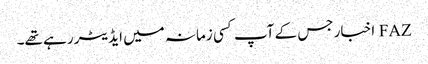
FAZ اخبار جس کے آپ کسی زمانہ میں ایڈیٹر رہے تھے۔